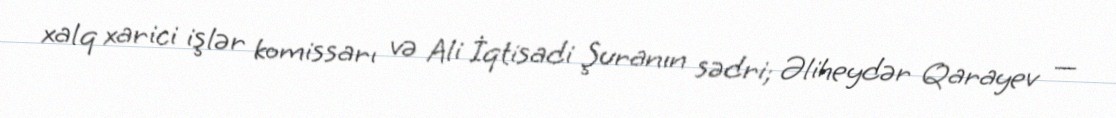
xalq xarici işlər komissarı və Ali İqtisadi Şuranın sədri; Əliheydər Qarayev —